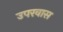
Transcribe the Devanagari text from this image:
उपरवास